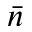
\bar { n }